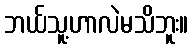
ဘယ်သူ့ဟာလဲမသိဘူး။